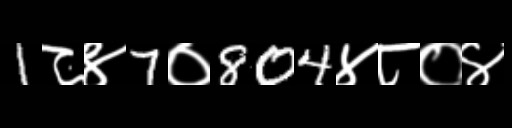
Text: 1८४7०804४८०४